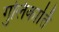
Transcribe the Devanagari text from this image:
गुलिकार्ति